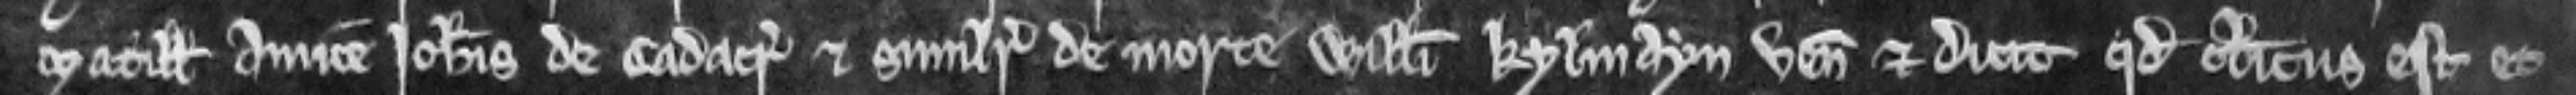
Matillidis amice Johannis de Cadacr et similiter de morte Willelmi Kylmayn venit et dicit quod clericus est et